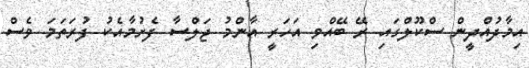
އިމާދުއްދީން ސްކޫލްގައި ރޭ ބޭއްވި އަހަރީ އާންމު ޖަލްސާ ފެށުމާއެކު ފުރަތަމަ ވެސް